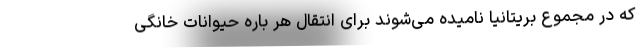
که در مجموع بریتانیا نامیده می‌شوند برای انتقال هر باره حیوانات خانگی